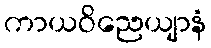
ကာယဝိညေယျာနံ